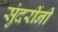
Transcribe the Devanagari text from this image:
सुंदरींनी